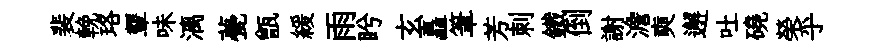
裴輓珞顰味漓甍甑緩雨盻玄矗筆芳刺鐵倒謝澹奭邂吐磽榮乎